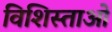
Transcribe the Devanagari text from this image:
विशिस्ताओं